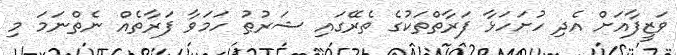
ވަޒީފާއަށް އެދި ހުށަހަޅާ ފަރާތްތަކުގެ ތެރޭގައި ޝަރުޠު ހަމަވާ ފަރާތެއް ނެތްނަމަ މި